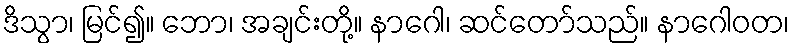
ဒိသွာ၊ မြင်၍။ ဘော၊ အချင်းတို့။ နာဂေါ၊ ဆင်တော်သည်။ နာဂေါဝတ၊